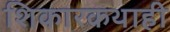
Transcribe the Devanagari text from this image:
शिकारकथाही